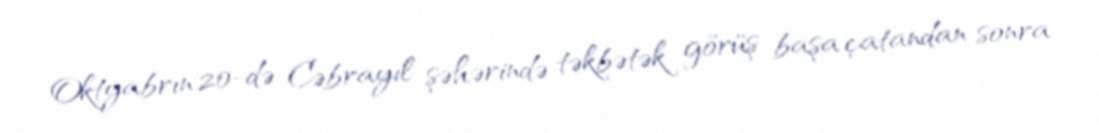
Oktyabrın 20-də Cəbrayıl şəhərində təkbətək görüş başa çatandan sonra